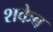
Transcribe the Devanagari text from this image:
शकेब